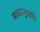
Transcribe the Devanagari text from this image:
मध्वानुयायि